Vital statistics of India. Vol. V, Reports of 1876 on armies & jails and on epidemic cholera
Year: 1876
Disease focus: Cholera
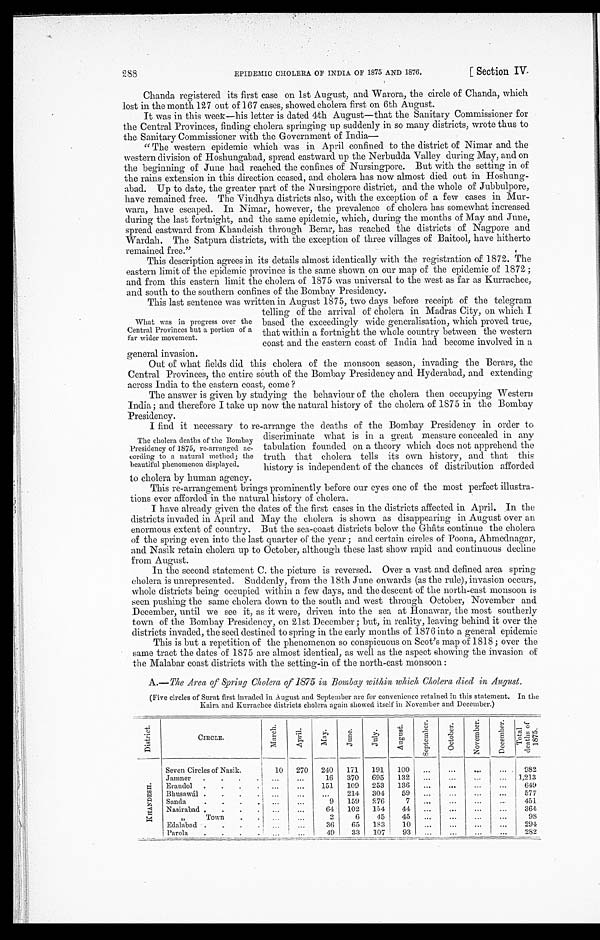
288
EPIDEMIC CHOLERA OF INDIA OF 1875 AND 1876.
[ Section IV.
Chanda registered its first case on 1st August, and Warora, the circle of Chanda, which
lost in the month 127 out of 167 cases, showed cholera first on 6th August.
It was in this week—his letter is dated 4th August—that the Sanitary Commissioner for
the Central Provinces, finding cholera springing up suddenly in so many districts, wrote thus to
the Sanitary Commissioner with the Government of India
—
"The western epidemic which was in April confined to the district of Nimar and the
western division of Hoshungabad, spread eastward up the Nerbudda Valley during May, and on
the beginning of June had reached the confines of
Nursingpore. But with the setting in of
the rains extension in this direction ceased, and cholera has now almost died out in Hoshung-
abad. Up to date, the greater part of the Nursingpore district, and the whole of Jubbulpore,
have remained free. The Vindhya districts also, with the exception of a few cases in Mur-
wara, have escaped. In Nimar, however, the prevalence of cholera has somewhat increased
during the last fortnight, and the same epidemic, which, during the months of May and June,
spread eastward from Khandeish through Berar, has reached the districts of Nagpore and
Wardah. The Satpura districts, with the exception of three villages of Baitool, have hitherto
remained free."
This description agrees in its details almost identically with the registration of 1872. The
eastern limit of the epidemic province is the same shown on our map of the epidemic of 1872;
and from this eastern limit the cholera of 1875 was universal to the west as far as Kurrachee,
and south to the southern confines of the Bombay Presidency.
This last sentence was written in August 1875, two days before receipt of the telegram
What was in progress over the
Central Provinces but a portion of a
far wider movement.
telling of the arrival of cholera in Madras City, on which I
based the exceedingly wide generalisation, which proved true,
that within a fortnight the whole country between the western
coast and the eastern coast of India had become involved in a
general invasion.
Out of what fields did this cholera of the monsoon season, invading the Berars, the
Central Provinces, the entire south of the Bombay Presidency and Hyderabad, and extending
across India to the eastern coast, come?
The answer is given by studying the behaviour of the cholera then occupying Western
India; and therefore I take up now the natural history of the cholera of 1875 in the Bombay
Presidency.
I find it necessary to re-arrange the deaths of the Bombay Presidency in order to
The cholera deaths of the Bombay
Presidency of 1875, re-arranged ac-
cording to a natural method; the
beautiful phenomenon displayed.
discriminate what is in a great measure concealed in any
tabulation founded on a theory which does not apprehend the
truth that cholera tells its own history, and that this
history is independent of the chances of distribution afforded
to cholera by human agency.
This re-arrangement brings prominently before our eyes one of the most perfect illustra-
tions ever afforded in the natural history of cholera.
I have already given the dates of the first cases in the districts affected in April. In the
districts invaded in April and May the cholera is shown as disappearing in August over an
enormous extent of country. But the sea-coast districts below the Ghats continue the cholera
of the spring even into the last quarter of the year; and certain circles of Poona, Ahmednagar,
and Nasik retain cholera up to October, although these last show rapid and continuous decline
from August.
In the second statement C. the picture is reversed. Over a vast and defined area spring
cholera is unrepresented. Suddenly, from the 18th June onwards (as the rule), invasion occurs,
whole districts being occupied within a few days, and the descent of the north-east monsoon is
seen pushing the same cholera down to the south and west through October, November and
December, until we see it, as it were, driven into the sea at Honawar, the most southerly
town of the Bombay Presidency, on 21st December; but, in reality, leaving behind it over the
districts invaded, the seed destined to spring in the early months of 1876 into a general epidemic
This is but a repetition of the phenomenon so conspicuous on Scot's map of 1818; over the
same tract the dates of 1875 are almost identical, as well as the aspect showing the invasion of
the Malabar coast districts with the setting-in of the north-east monsoon:
A.— The Area of Spring cholera of 1875 in Bombay within which Cholera died in August.
(Five circles of Surat first invaded in august and September are for convenience retained in this statement. In the
Kaira and Kurrachee districts cholera again showed itself in November and December.)
D i s t r i c t .
C I R C L E .
M a r c h .
A p r i l .
M a y .
J u n e .
J u l y .
A u g u s t .
S e p t e m b e r .
O c t o b e r .
N o v e m b e r .
D e c e m b e r .
T o t a l d e a t h s o f 1 8 7 5 .
K H A N D E S H .
Seven Circles of Nasik.
10
270
240
171
191
100
...
...
...
...
982
Jammer
.
.
.
.
...
...
16
370
695
132
...
...
...
...
1,213
Erandol
.
.
.
.
..
..
151
109
253
136
...
...
...
...
649
Bhusawal .
.
.
.
...
...
...
214
304
59
...
...
...
...
577
Sanda
.
.
.
. . .
...
9
159
276
7
...
...
...
451
Nasirabad
...
...
64
102
154
44
...
...
...
...
364
"
Town
...
2
6
45
45
...
...
...
...
98
Edalabad
...
...
36
65
183
10
.,.
...
...
...
294
Parola
...
49
33
107
93
...
...
...
282